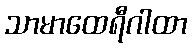
သာမာထေရီဂါထာ